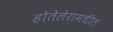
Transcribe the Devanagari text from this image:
होतेलेरामधील